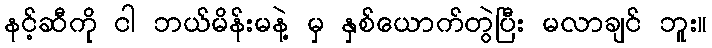
နင့်ဆီကို ငါ ဘယ်မိန်းမနဲ့ မှ နှစ်ယောက်တွဲပြီး မလာချင် ဘူး။